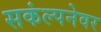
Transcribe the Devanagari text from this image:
सकंल्पनेवर